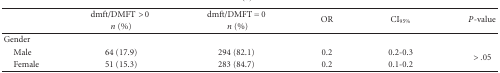
<table><thead><tr><td></td><td><b>dmft/DMFT &gt; 0 </b></td><td><b>dmft/DMFT = 0</b></td><td rowspan="2"><b>OR</b></td><td rowspan="2"><b>CI<sub>95%</sub></b></td><td rowspan="2"><b><i>P</i>-value</b></td></tr><tr><td></td><td><b><i>n</i> (%)</b></td><td><b><i>n</i> (%)</b></td></tr></thead><tbody><tr><td>Gender</td><td></td><td></td><td></td><td></td><td></td></tr><tr><td> Male</td><td>64 (17.9)</td><td>294 (82.1)</td><td>0.2</td><td>0.2-0.3</td><td rowspan="2">&gt;.05</td></tr><tr><td> Female</td><td>51 (15.3)</td><td>283 (84.7)</td><td>0.2</td><td>0.1-0.2</td></tr></tbody></table>